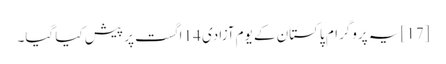
[17] یہ پروگرام پاکستان کے یوم آزادی 14 اگست پر پیش کیا گیا۔